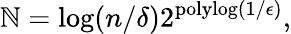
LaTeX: \mathbb{N}=\log(n/\delta)2^{\mathrm{{polylog}}(1/\epsilon)},